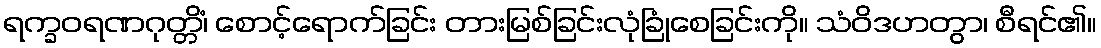
ရက္ခဝရဏဂုတ္တိံ၊ စောင့်ရောက်ခြင်း တားမြစ်ခြင်းလုံခြုံစေခြင်းကို။ သံဝိဒဟတွာ၊ စီရင်၏။